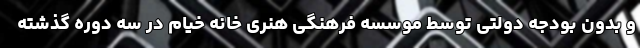
و بدون بودجه دولتی توسط موسسه فرهنگی هنری خانه خیام در سه دوره گذشته